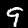
Label: 9